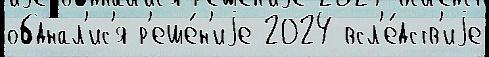
обднал'ис'я р'еше́н'иjе 2024 всл'е́дств'иjе